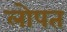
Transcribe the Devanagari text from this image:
लोपत